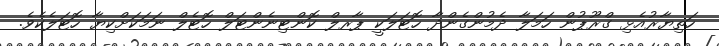
ހަތިޔާރުއެޅި ގްރޫޕުން ހަމަލާ ދެމުންގެންދާ ހޮޓަލަކީ ޕާރލް ކޮންޓިނެންޓަލް ހޮޓެލް ނަމަކަށްކިޔާ ހޮޓަލެކެވެ.